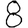
Digit: 8